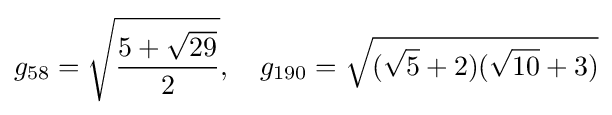
g_{58}={\sqrt {\frac {5+{\sqrt {29}}}{2}}},\quad g_{190}={\sqrt {({\sqrt {5}}+2)({\sqrt {10}}+3)}}